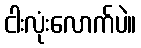
ငါးလုံးလောက်ပဲ။